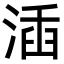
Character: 㴙